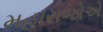
મહારાજોએ